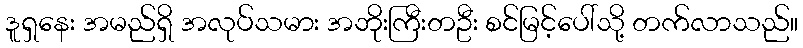
ဒူရှနေး အမည်ရှိ အလုပ်သမား အဘိုးကြီးတဦး စင်မြင့်ပေါ်သို့ တက်လာသည်။